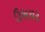
ઉભચર